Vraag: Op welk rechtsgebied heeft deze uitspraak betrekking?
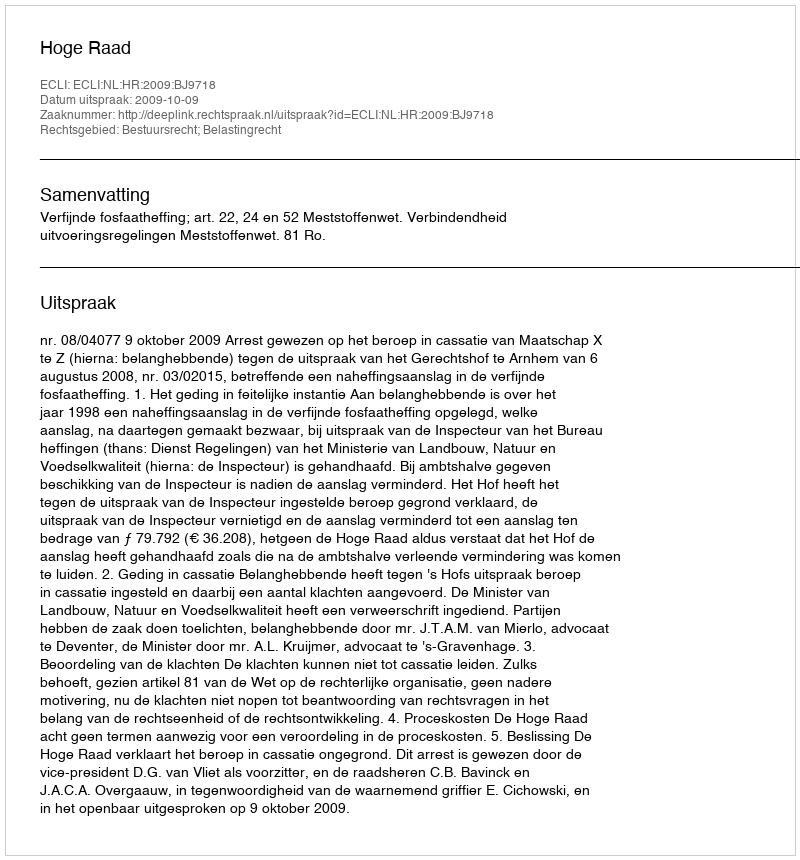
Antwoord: Bestuursrecht; Belastingrecht